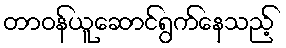
တာဝန်ယူဆောင်ရွက်နေသည့်